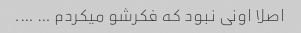
اصلا اونی نبود که فکرشو میکردم … ….